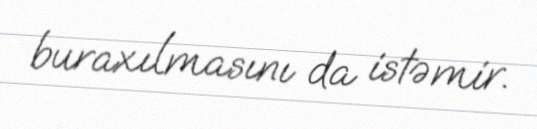
buraxılmasını da istəmir.